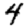
Digit: 4